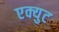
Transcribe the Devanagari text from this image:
एक्युट